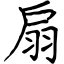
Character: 扇